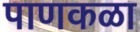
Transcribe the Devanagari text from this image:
पाणकळा